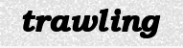
trawling